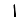
Digit: 1